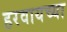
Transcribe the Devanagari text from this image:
हरवायच्या